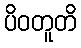
ပိဝတူတိ